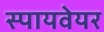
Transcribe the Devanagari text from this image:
स्पायवेयर